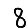
Digit: 8